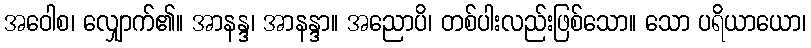
အဝေါစ၊ လျှောက်၏။ အာနန္ဒ၊ အာနန္ဒာ။ အညောပိ၊ တစ်ပါးလည်းဖြစ်သော။ သော ပရိယာယော၊